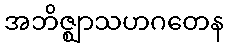
အဘိဇ္ဈာသဟဂတေန